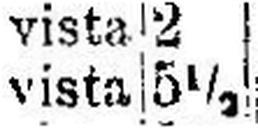
vista 5½